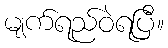
မျက်ရည်ဝဲရပြီ။